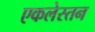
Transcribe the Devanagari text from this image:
एकलेस्तन